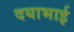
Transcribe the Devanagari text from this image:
दयाभाई